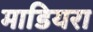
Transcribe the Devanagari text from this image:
माडियरा